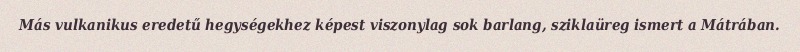
Más vulkanikus eredetű hegységekhez képest viszonylag sok barlang, sziklaüreg ismert a Mátrában.